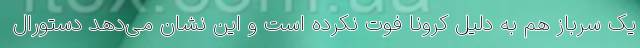
یک سرباز هم به دلیل کرونا فوت نکرده است و این نشان می‌دهد دستورال